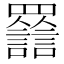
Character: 𧮀